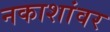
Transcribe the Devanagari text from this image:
नकाशांवर